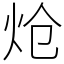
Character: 炝